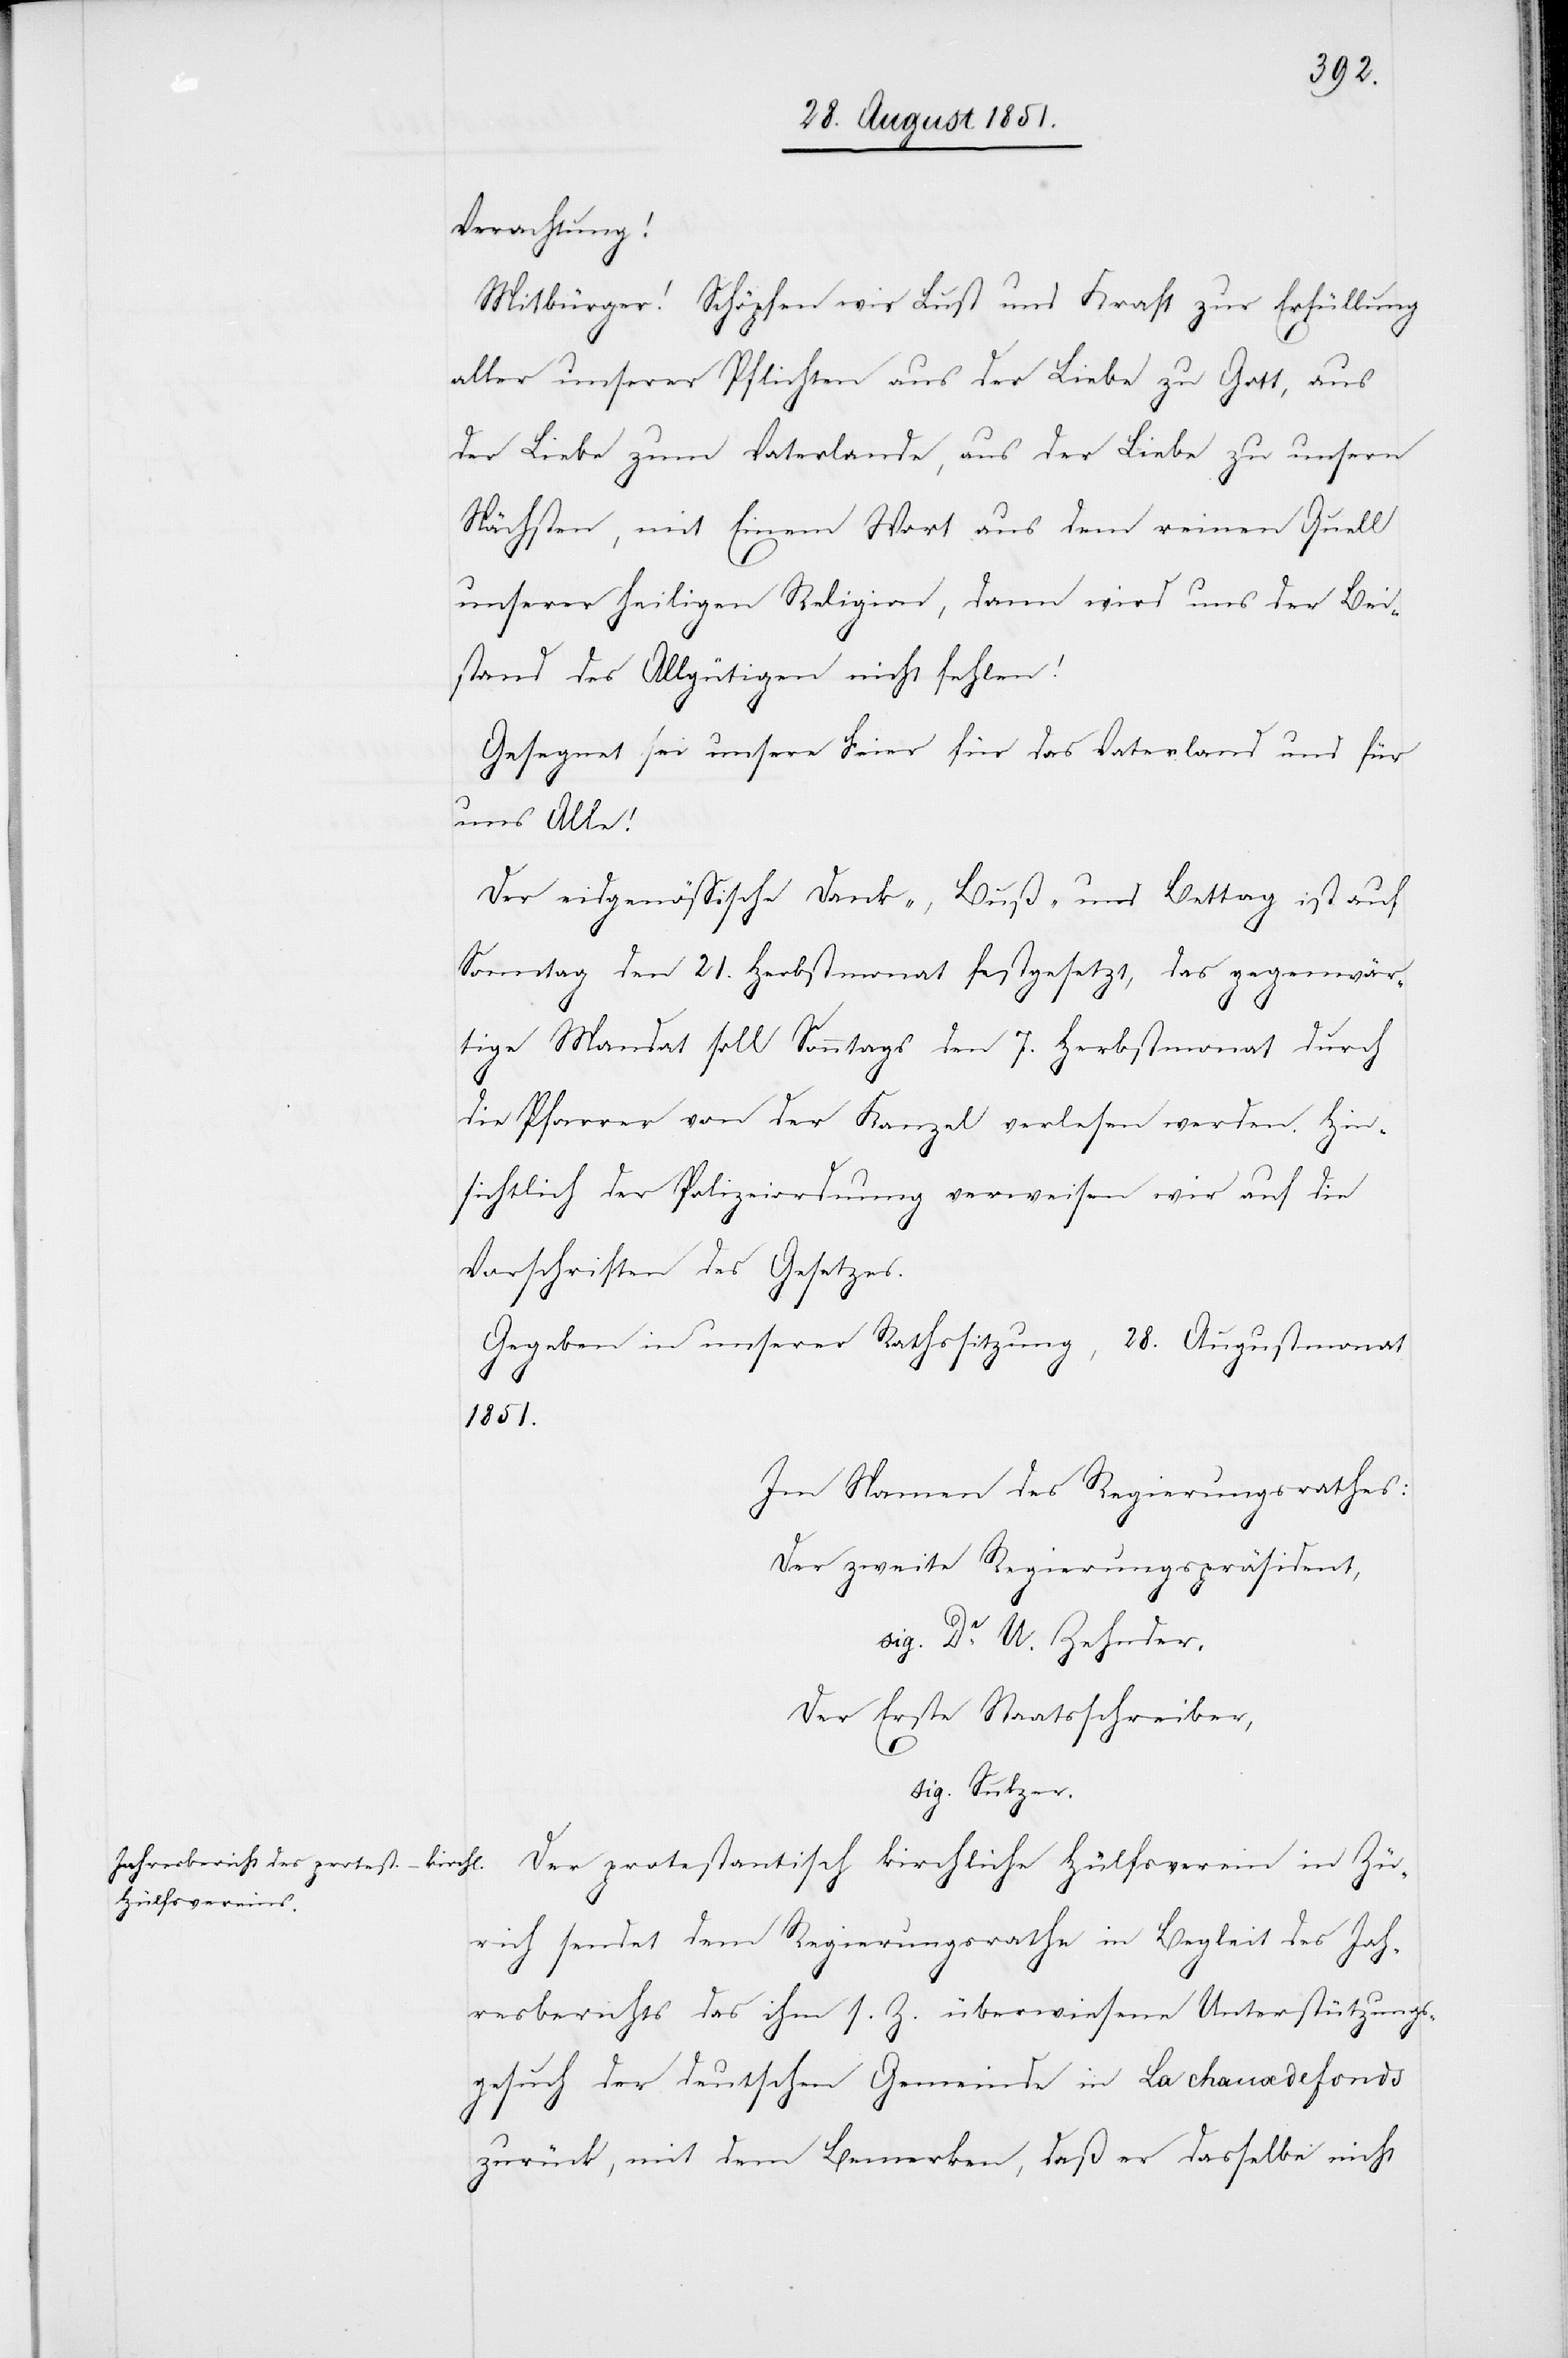
Verachtung!
Mitbürger! Schöpfen wir Lust und Kraft zur Erfüllung
aller unserer Pflichten aus der Liebe zu Gott, aus
der Liebe zum Vaterlande, aus der Liebe zu unsern
Nächsten, mit Einem Wort aus dem reinen Quell
unserer heiligen Religion, dann wird uns der Bei¬
stand des Allgütigen nicht fehlen!
Gesegnet sei unsere Feier für das Vaterland und für
uns Alle!
Der eidgenössische Dank-, Buß- und Bettag ist auf
Sonntag den 21. Herbstmonat festgesetzt, das gegenwär¬
tige Mandat soll Sonntags den 7. Herbstmonat durch
die Pfarrer von der Kanzel verlesen werden. Hin¬
sichtlich der Polizeiordnung verweisen wir auf die
Vorschriften des Gesetzes.
Gegeben in unserer Rathssitzung, 28. Augustmonat
1851.
Im Namen des Regierungsrathes:
Der zweite Regierungspräsident,
sig. Dr. U. Zehnder.
Der Erste Staatsschreiber,
sig. Sulzer.
Der protestantisch kirchliche Hülfsverein in Zü¬
rich sendet dem Regierungsrathe in Begleit des Jah¬
resberichts das ihm s. Z. überwiesene Unterstützungs¬
gesuch der deutschen Gemeinde in La chaux de fonds
zurück, mit dem Bemerken, daß er dasselbe nicht